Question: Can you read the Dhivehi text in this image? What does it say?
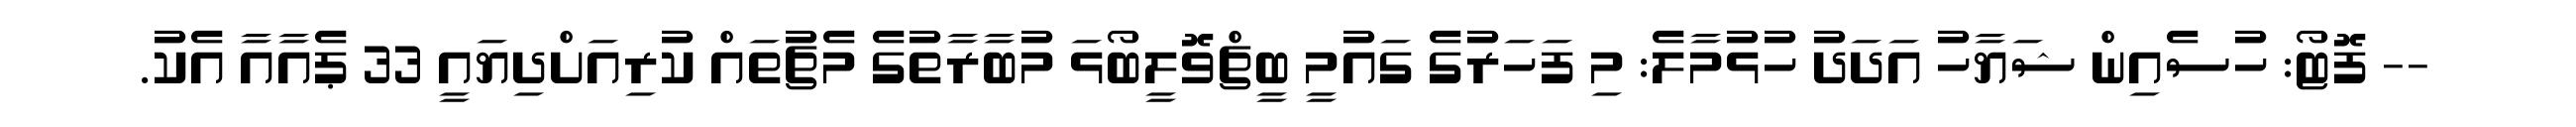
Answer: -- ފޮޓޯ: ހުސެއިން ޝަޔާހު އަދަދު ހުޅުމާލެ: މި ފަހަރުގެ ގައުމީ ބީޗްވޮލީބޯޅަ މުބާރާތުގެ މެޗުތައް ކުރިއަށްދިޔައީ 33 ޕެއާއާ އެކު.